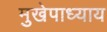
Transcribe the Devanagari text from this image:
मुखेपाध्याय